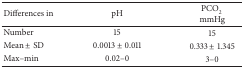
<table><thead><tr><td><b>Differences in</b></td><td><b>pH</b></td><td><b>PCO<sub>2</sub> mmHg</b></td></tr></thead><tbody><tr><td>Number</td><td>15</td><td>15</td></tr><tr><td>Mean ± SD</td><td>0.0013 ± 0.011</td><td>0.333 ± 1.345</td></tr><tr><td>Max–min</td><td>0.02–0</td><td>3–0</td></tr></tbody></table>